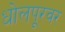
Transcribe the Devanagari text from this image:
धोलपूरवर